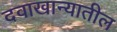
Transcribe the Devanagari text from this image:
दवाखान्यातील